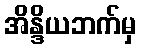
အိန္ဒိယဘက်မှ